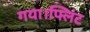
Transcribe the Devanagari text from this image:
गया।फ्लिंट